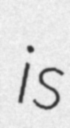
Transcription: is